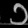
Digit: ၁